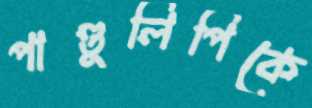
পাণ্ডুলিপিকে